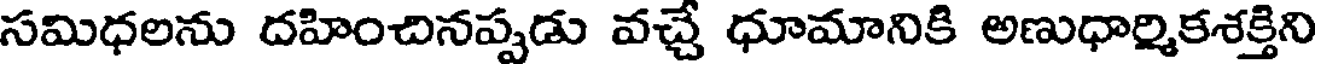
సమిధలను దహించినప్పడు వచ్చే ధూమానికి అణుధార్మికశక్తిని